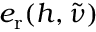
e _ { \mathrm { r } } ( h , \tilde { \nu } )